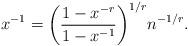
LaTeX: \begin{align*}x^{-1}=\bigg(\frac{1-x^{-r}}{1-x^{-1}}\bigg)^{1/r}n^{-1/r}.\end{align*}